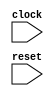
module BundleBridgeNexus(
  input   clock,
  input   reset
);
endmodule